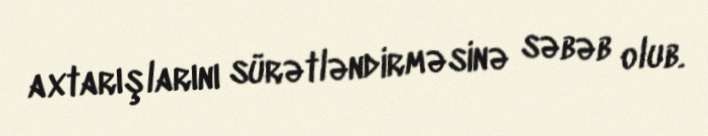
axtarışlarını sürətləndirməsinə səbəb olub.